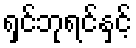
ရှင်ဘုရင်နှင့်